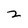
Character: 2